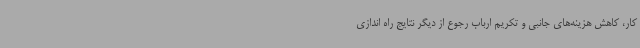
کار، کاهش هزینه‌های جانبی و تکریم ارباب رجوع از دیگر نتایج راه اندازی